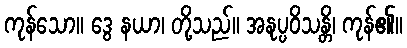
ကုန်သော။ ဒွေ နယာ၊ တို့သည်။ အနုပ္ပဝိသန္တိ၊ ကုန်၏။